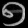
Digit: ၅